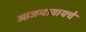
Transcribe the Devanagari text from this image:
आजमावायचे